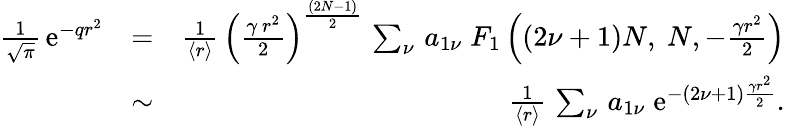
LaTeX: \begin{array}{rlr}{{\frac{1}{\sqrt{\pi}}}\, \mathrm{e}^{-qr^{2}}}&{=}&{{\frac{1}{\langle r\rangle}}\, \left({\frac{\gamma\, r^{2}}{2}}\right)^{\frac{(2N-1)}{2}}\, \sum_{\nu}\, a_{1\nu}\; F_{1}\left((2\nu+1)N,\ N,-\frac{\gamma r^{2}}{2}\right)}\\ &{\sim}&{{\frac{1}{\langle r\rangle}}\, \sum_{\nu}\, a_{1\nu}\; \mathrm{e}^{-(2\nu+1)\frac{\gamma r^{2}}{2}}.}\end{array}